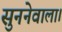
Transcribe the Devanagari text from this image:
सुननेवाला।